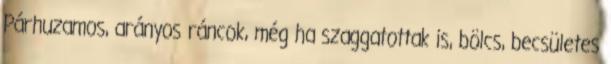
Párhuzamos, arányos ráncok, még ha szaggatottak is, bölcs, becsületes